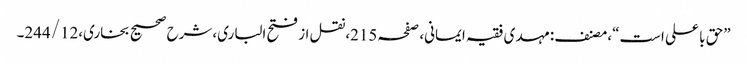
”حق با علی است“،مصنف:مہدی فقیہ ایمانی، صفحہ215،نقل از فتح الباری،شرح صحیح بخاری،244/12۔